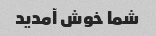
شما خوش آمدید